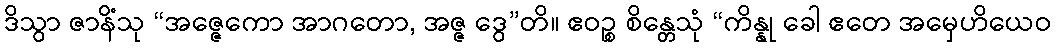
ဒိသွာ ဇာနိံသု “အဇ္ဇေကော အာဂတော, အဇ္ဇ ဒွေ”တိ။ ဧဝဉ္စ စိန္တေသုံ “ကိန္နု ခေါ ဧတေ အမှေဟိယေဝ